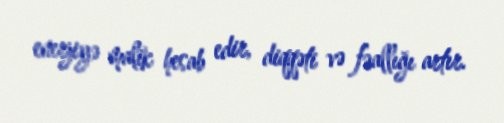
enerjiyə malik hesab edir, diqqəti və fəallığı artır.